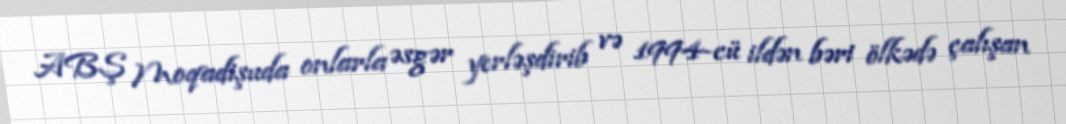
ABŞ Moqadişuda onlarla əsgər yerləşdirib və 1994-cü ildən bəri ölkədə çalışan